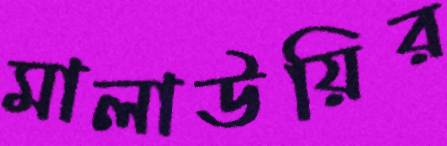
মালাউয়ির